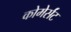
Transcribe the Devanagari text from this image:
कोमेर्संट